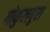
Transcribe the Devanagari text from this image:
गोकुलपुरा